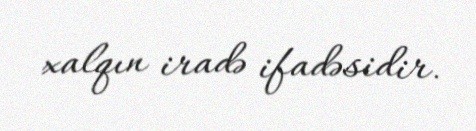
xalqın iradə ifadəsidir.